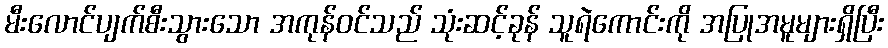
မီးလောင်ပျက်စီးသွားသော အကုန်ဝင်သည် သုံးဆင့်ခုန် သူရဲကောင်းကို အပြုအမူများရှိပြီး